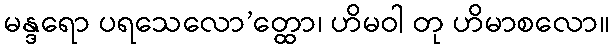
မန္ဒရော ပရသေလော’တ္ထော၊ ဟိမဝါ တု ဟိမာစလော။